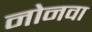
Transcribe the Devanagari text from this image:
नोनवा